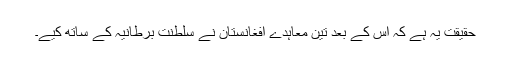
حقیقت یہ ہے کہ اس کے بعد تین معاہدے افغانستان نے سلطنت برطانیہ کے ساتھ کیے۔